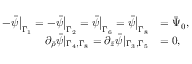
\begin{array} { r l } { - \bar { \psi } \big | _ { \Gamma _ { 1 } } = - \bar { \psi } \big | _ { \Gamma _ { 2 } } = \bar { \psi } \big | _ { \Gamma _ { 6 } } = \bar { \psi } \big | _ { \Gamma _ { 8 } } } & { = \bar { \Psi } _ { 0 } , } \\ { \partial _ { \bar { \rho } } \bar { \psi } | _ { \Gamma _ { 4 } , \Gamma _ { 8 } } = \partial _ { \bar { z } } \bar { \psi } | _ { \Gamma _ { 3 } , \Gamma _ { 5 } } } & { = 0 , } \end{array}